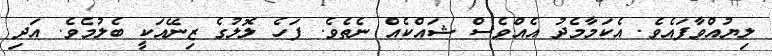
ލިޔުއްވާފައެވެ. އެކަމާމެދު އެއްވެސް ޝައްކެއް ނެތެވެ. ފަހެ ލޮލުގެ ޒިނޭއަކީ ބެލުމެވެ. އަދި